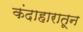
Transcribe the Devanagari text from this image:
कंदाहारातून